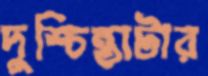
দুশ্চিন্তাটার